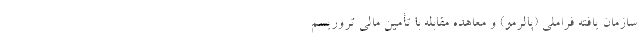
سازمان یافته فراملی (پالرمو) و معاهده مقابله با تأمین مالی تروریسم